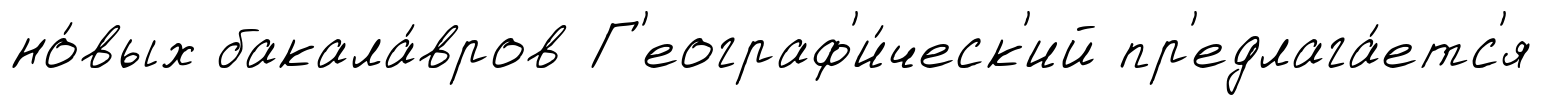
но́вых бакала́вров Г'еограф'и́ческ'ий пр'едлага́етс'я